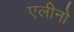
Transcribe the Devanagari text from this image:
एलीनो